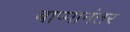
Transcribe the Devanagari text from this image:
बाप्पानंतर